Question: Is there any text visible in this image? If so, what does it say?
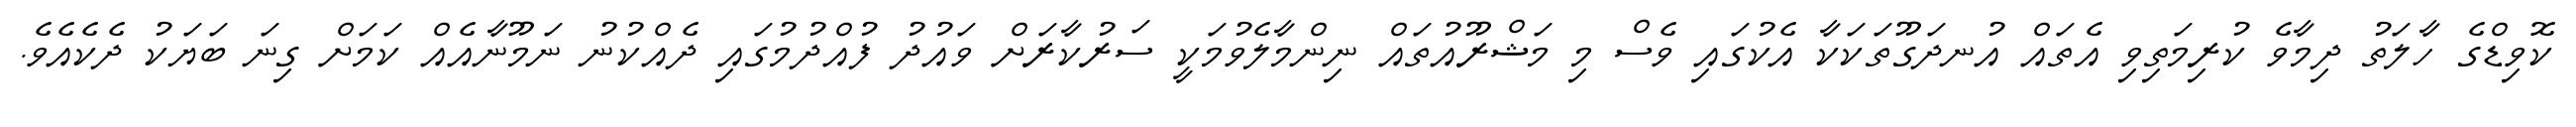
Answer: ކޮވިޑްގެ ހާލަތު ދިމާވެ ކުރިމަތިވި އެތައް އުނދަގޫތަކަކާ އެކުގައި ވެސް މި މަޝްރޫއުތައް ނިންމާލެވުމަކީ ސަރުކާރަށް ވައުދު ފުއްދުމުގައި ދެއްކުނު ނަމޫނާއެއް ކަމަށް ގިނަ ބަޔަކު ދެކެއެވެ.